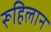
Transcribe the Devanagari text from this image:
रूहिलान